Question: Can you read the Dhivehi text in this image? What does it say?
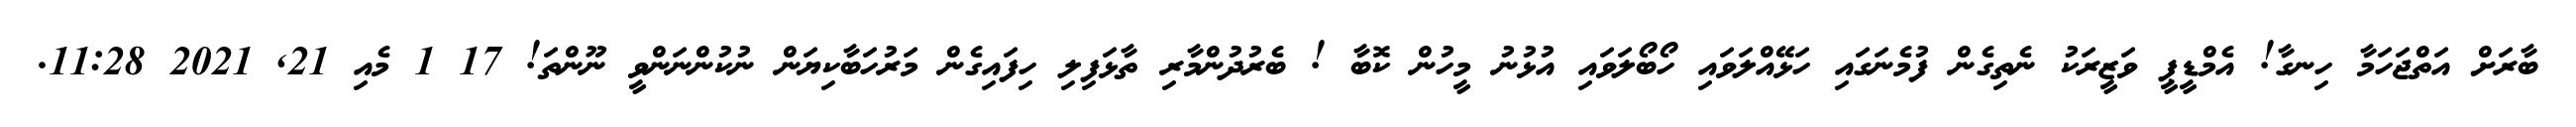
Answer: ބާރަށް އަތްޖަހަމާ ހިނގާ! އެމްޑީޕީ ވަޒީރަކު ނެތިގެން ފުމެނަގައި ހަޅޭއްލަވައި ހޯބޯލަވައި އުޅުނު މީހުން ކޮބާ ! ބެރުދުންމާރި ތާޅަފިލި ހިފައިގެން މަރުހަބާކިޔަން ނުކުންނަންވީ ނޫންތަ! 17 1 މެއި 21, 2021 11:28.